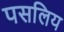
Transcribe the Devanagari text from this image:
पसलिय